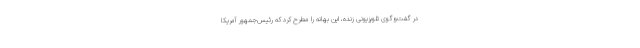
در گفت‌وگوی تلویزیونی زنده، این بهانه را مطرح کرد که رئیس‌جمهور آمریکا